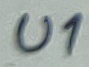
Text: U1